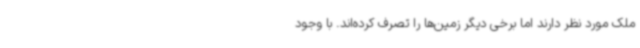
ملک مورد نظر دارند اما برخی دیگر زمین‌ها را تصرف کرده‌اند. با وجود